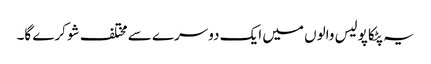
یہ پٹکا پولیس والوں میں ایک دوسرے سے مختلف شو کرے گا۔